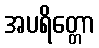
အပရိတ္တော